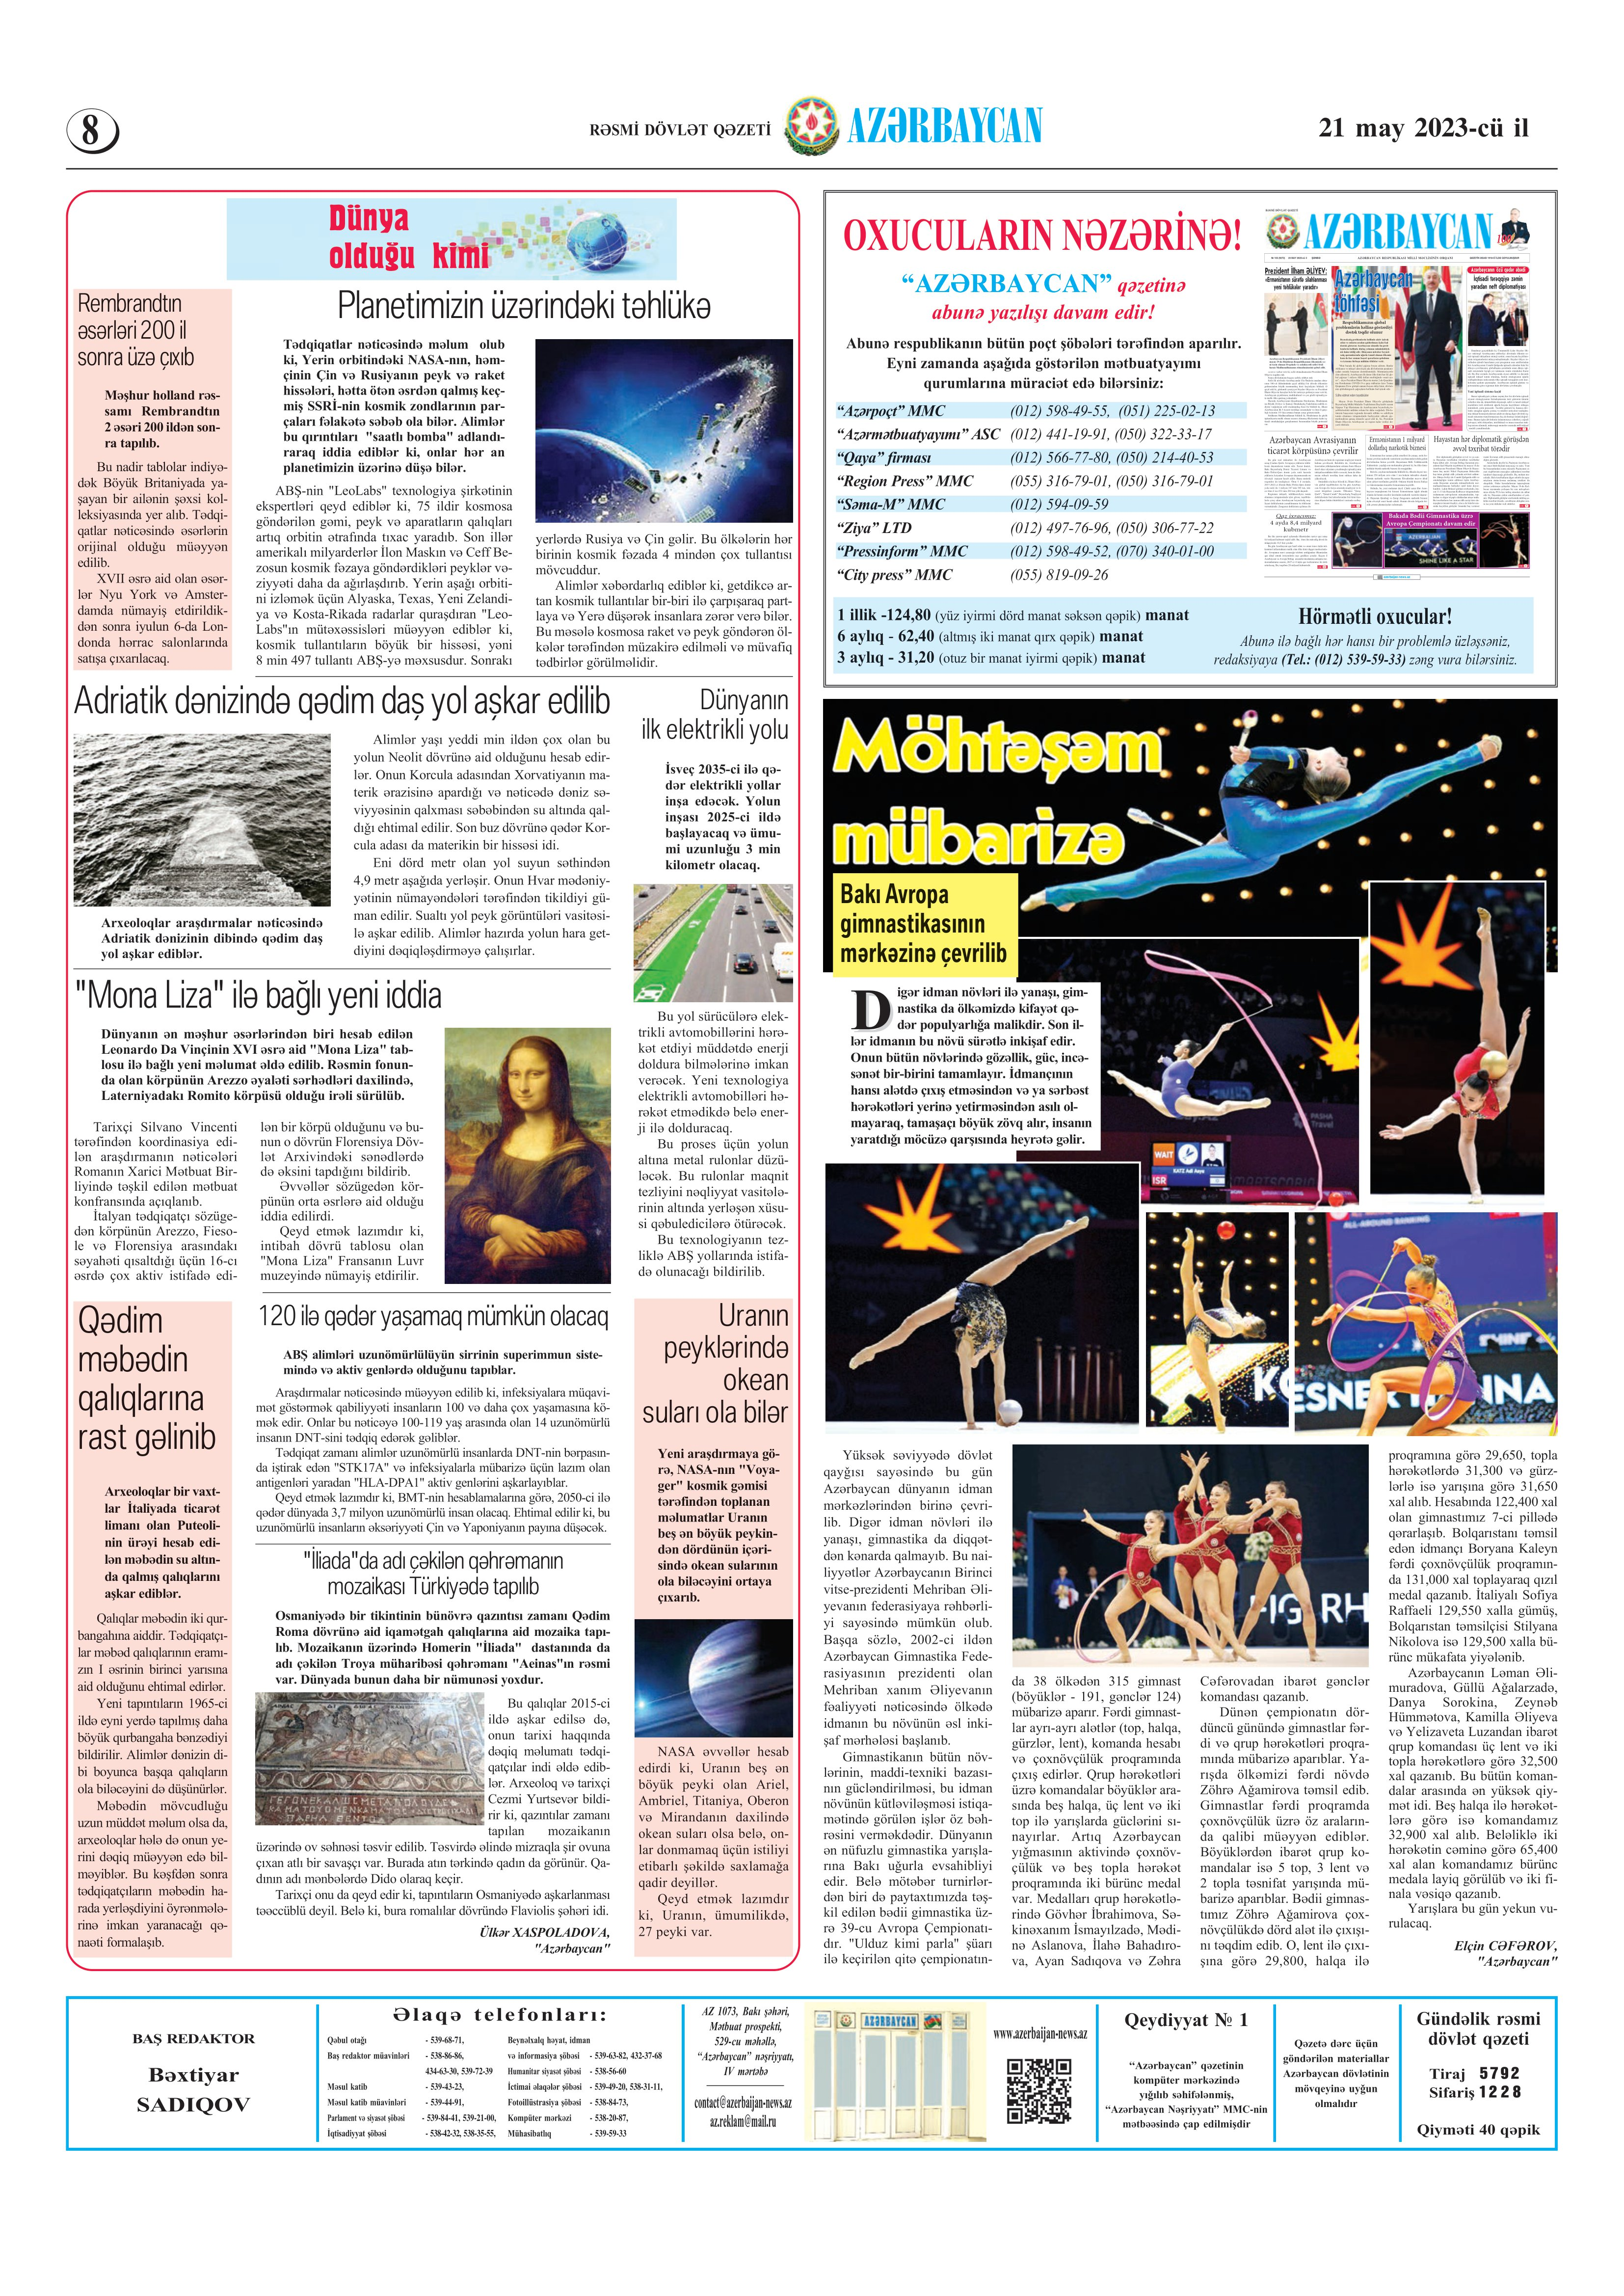
Language: az